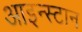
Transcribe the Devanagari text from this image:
आइन्स्टान